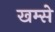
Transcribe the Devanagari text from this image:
खम्से